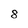
Character: 8